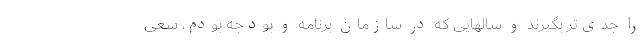
را جدی‌‌تر بگیرند و سالهایی که در سازمان برنامه و بودجه بودم، سعی